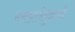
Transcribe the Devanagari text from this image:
समझानेबुझाने